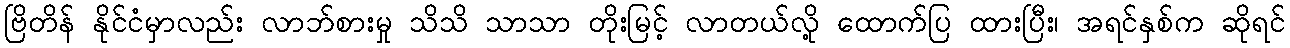
ဗြိတိန် နိုင်ငံမှာလည်း လာဘ်စားမှု သိသိ သာသာ တိုးမြင့် လာတယ်လို့ ထောက်ပြ ထားပြီး၊ အရင်နှစ်က ဆိုရင်